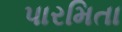
પારમિતા